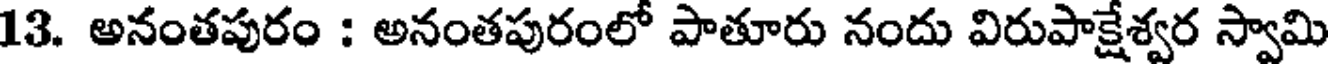
13. అనంతపురం : అనంతపురంలో పాతూరు నందు విరుపాక్షేశ్వర స్వామి